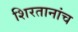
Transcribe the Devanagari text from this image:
शिरतानांच